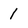
Character: 1